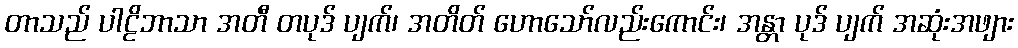
တာသည် ပါဠိဘာသာ အတီ တပုဒ် ပျက်၊ အတိတ် ဟောသော်လည်းကောင်း၊ အန္တာ ပုဒ် ပျက် အဆုံးအဖျား